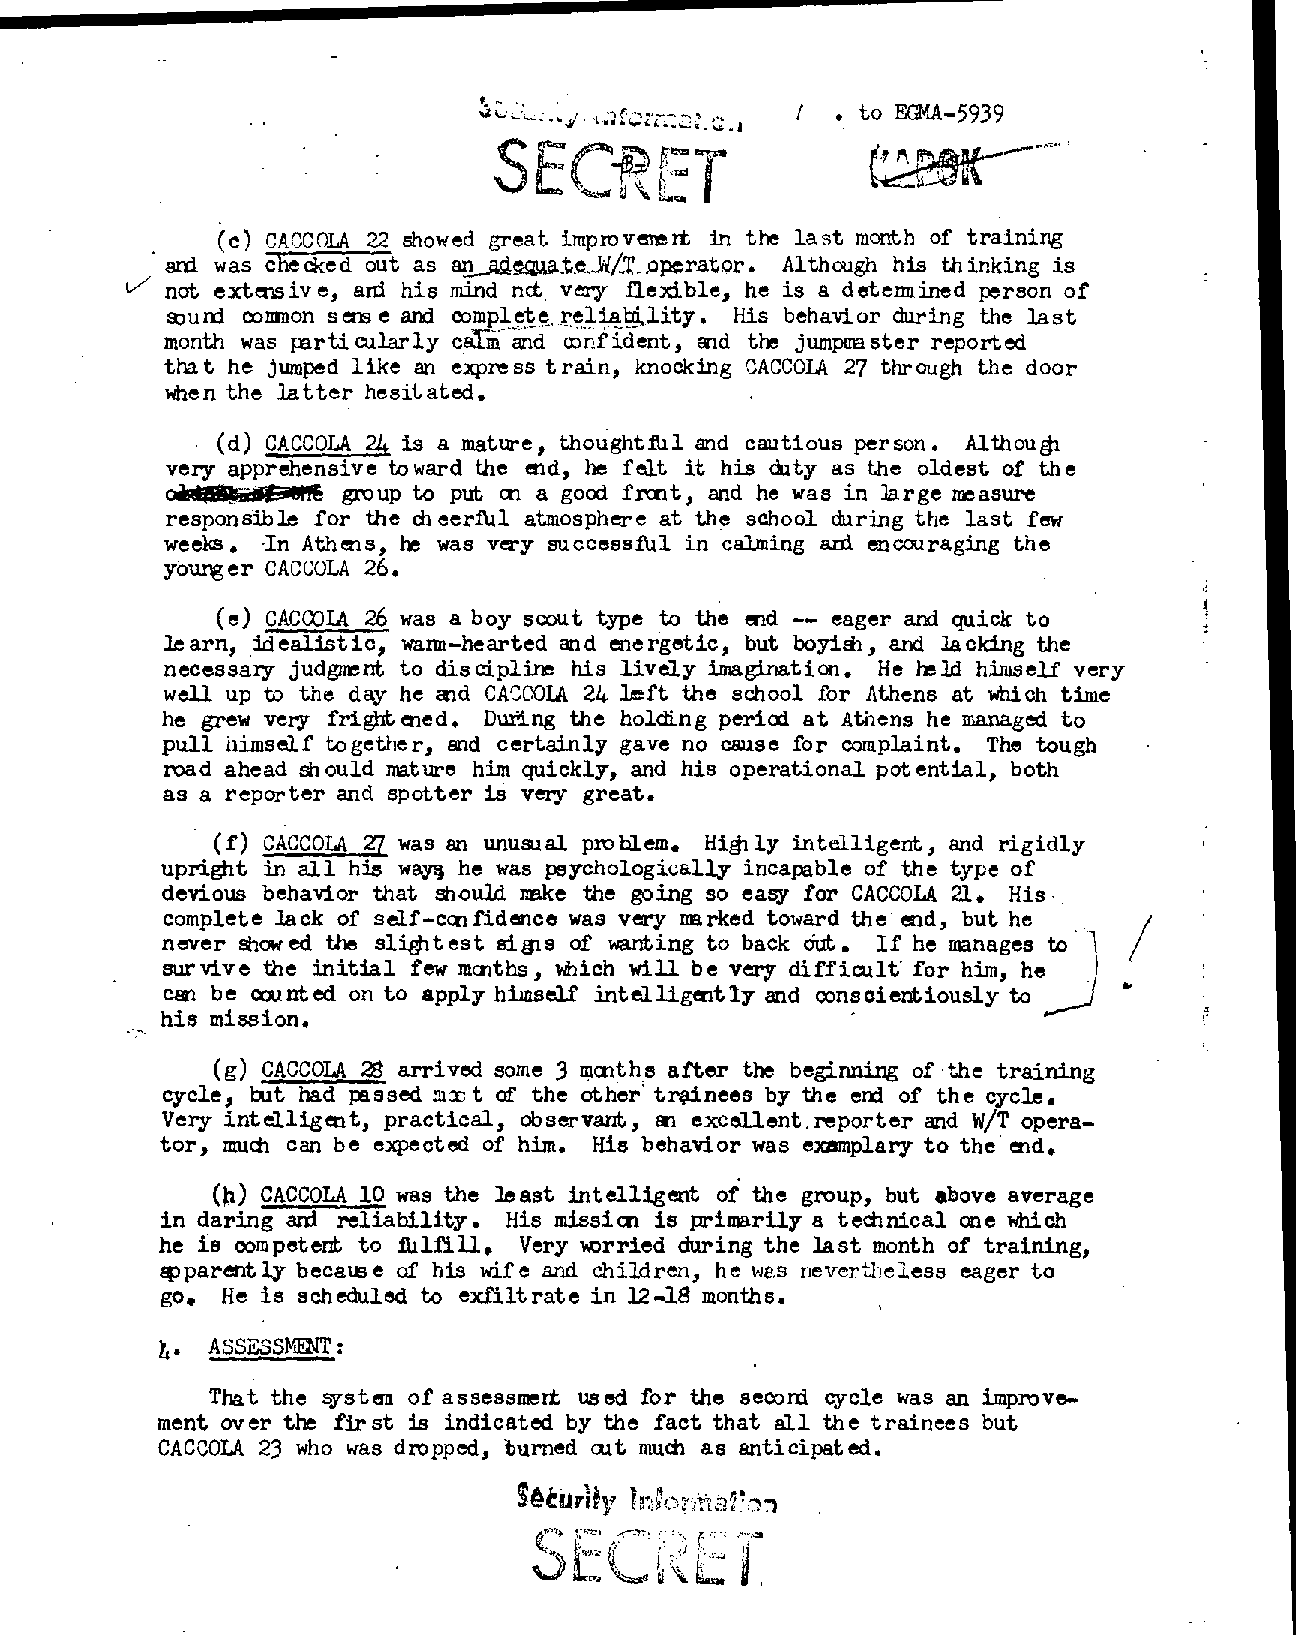
1 • to EGMA-5939
 -*) 2:72
 d.‘  T
 (c) CAC,COU 22 showed great improvemert in the last month of training
 ani was checked out as an_asiecuate,ii/Loperator. Although his thinking is
 V  not extensive, aid his mind nth very flexible, he is a determined person of
 sound common s ens e and complete. reliatc1lity. His behavior during the last
 month was particularly calm and confident, and the jumpmaster reported
 that he jumped like an eniress train, Icnocking OACCOLA 27 through the door
 vitien the latter hesitated.
 (d) CACCOLA 24 is a mature, thoughtitl and cautious person. Althouit
 very apprehensive toward the end, he felt it his duty as the oldest of the
 oadagglaaell€ group to put an a good front, and he was in large unsure
 responsible for the cheerbil atmosphere at the school during the last few
 weeks. In Athens, he was very successful in calming ard encouraging the
 yourger CACCOLA 26.
 (e) CAC(X)IA 26 was a boy scout type to the end -- eager and quick to
 learn, id en 1 1st ic, warm-hearted and ene rget ic but boyish, and Jacking the
 necessary judgment to discipline his lively imagination. He held himself very
 well up to the day he mid CACCOLA 24 left the school for Athens at which time
 he grew very frightened. During the holding pericd at Athens he managed to
 pull himself together, and certainly gave no cause for complaint. The tough
 road ahead should nature him quickly, and his operational potential, both
 as a reporter and spotter is very great.
 (f) CACCOLA 27 was an unumial problem. Highly intelligent, and rigidly
 upright in all his ways he was psychologically incapable of the type of
 devious behavior that should make the going so easy for CACCOLA 21. His
 complete lack of self-confidence was very narked toward the end, but he
 never showed the slightest slats of ?slanting to back out. If he manages to
 survive the initial few months, which will be very difficult for him, he
 can be counted on to apply himself intelligently and conscientiously to
 his mission.
 (g) CACCOLA 28 arrived some 3 months after the beginning of the training
 cycle, but had passed mr t of the other' trainees by the erxi of the cycle.
 Very intelligent, practical, observant, an excellent.reporter and W/T opera-
 tor, much can be eicoected of him. His behavior was exemplary to the end.
 (h) CACCOLA 10 was the least intelligent of the group, but above average
 in daring and reliability. His mission is primarily a technical one which
 he is competent to 11112111. Very vorried during the last month of training,
 apparently because of his wife and children, he was nevertheless eager to
 go. He is scheduled to exfiltrate in 12-1.8 months.
 4. ASSESSMENT:
 That the system of assessment used for the second cycle was an improve..
 ment over the first is indicated by the fact that all the trainees but
 CACCOLA 23 who was dropped, turned ath much as anticipated.
 COilutriiy Ink.r5tth2cr)
 (7) "7:.:)